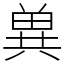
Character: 兾